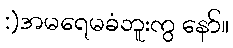
:)အမရေမခံဘူးကွ နော်။